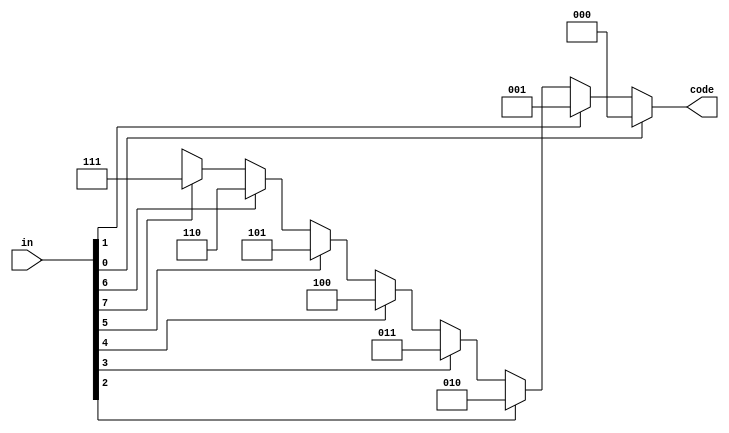
//Type: Module
//-----------------------------------------------------------------
//Purpose: Priorirty Encoder with priority from 7 to 0 (7 Lowest,0 Highest)

module pe(in,code);
input[7:0] in;
output reg[2:0] code;

always@(in)
begin 
if (in[0])
code=3'b000;
else if (in[1])
code=3'b001;
else if (in[2])
code=3'b010;
else if (in[3])
code=3'b011;
else if (in[4])
code=3'b100;
else if (in[5])
code=3'b101;
else if (in[6])
code=3'b110;
else if (in[7])
code=3'b111;
else 
code=3'bxxx;
end
endmodule